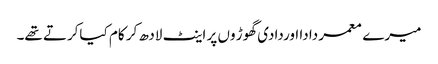
میرے معمر دادا اوردادی گھوڑ وں پر اینٹ لادھ کر کام کیاکرتے تھے۔